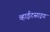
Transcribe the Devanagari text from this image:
व्हाईटसाइड